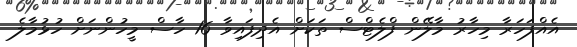
އެއްފަހަރާ މިހާރު މާލޭން ފްލެޓްސް ތަކަށް އެދިފައިވާ 16 ހާސް މީހުންނަށް ހުޅުމާލެ